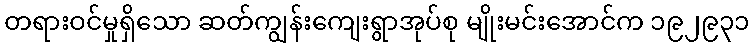
တရားဝင်မှုရှိသော ဆတ်ကျွန်းကျေးရွာအုပ်စု မျိုးမင်းအောင်က ၁၉၂၉၃၁